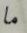
ما